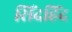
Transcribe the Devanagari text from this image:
सिंदहिंद